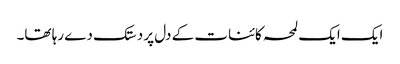
ایک ایک لمحہ کائنات کے دل پر دستک دے رہا تھا۔